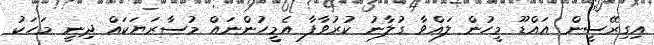
އިގިރޭސީން އައްޑޫ މީހުން ލައްވާ ގުލާނު ކުރުވާފާ އެމީހުންނައް މުސާރަޔަކައް ދިނީ މަހަކު